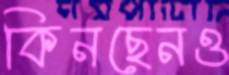
কিনছেনও